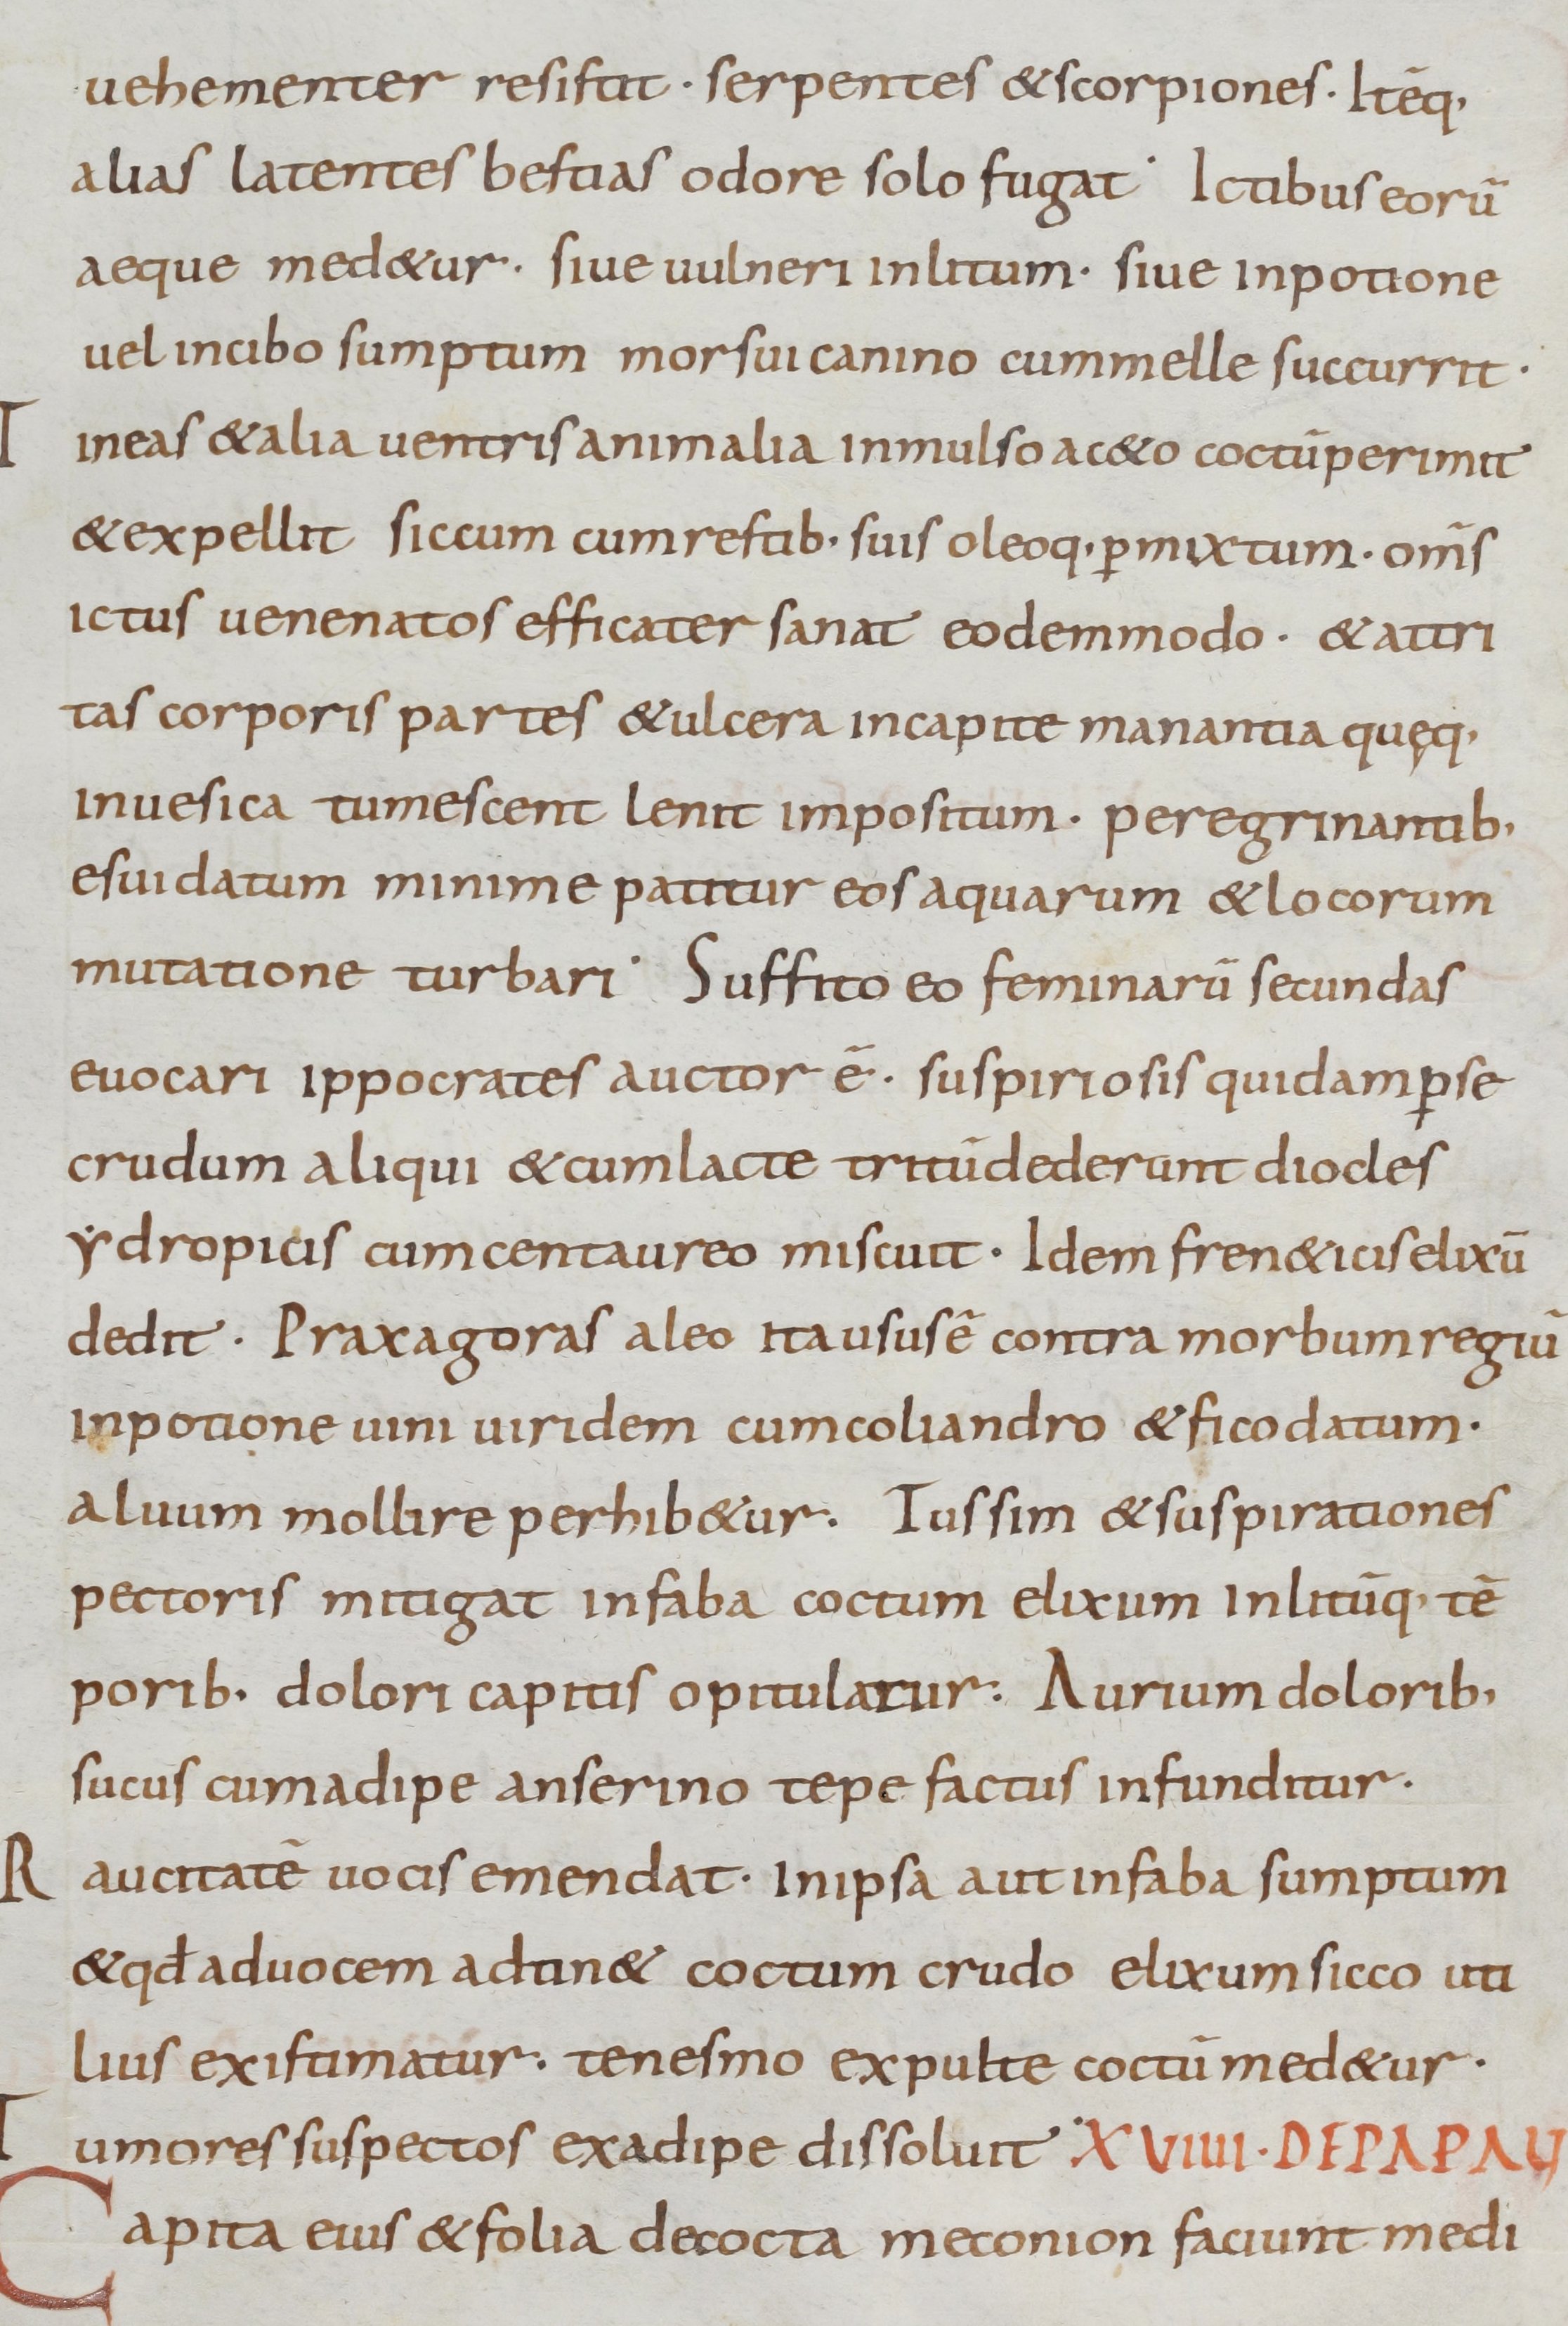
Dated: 900–1099